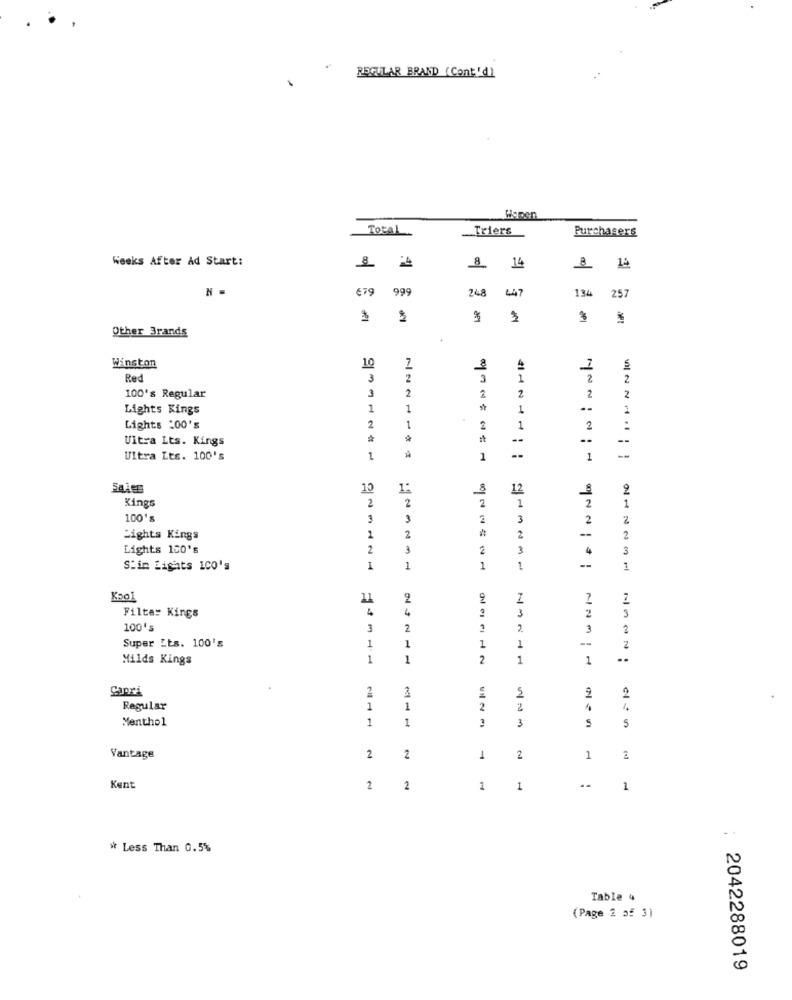
REGULAR BRAND (Cont'd)
Total
Triers
Purchasers
Weeks After Ad Start:
14
8 14
€79
999
248
447
134
257
Other Brands
10
Winston
Red
3
2
3
1
2
2
3
2
100's Regular
2
2
2
2
Lights Kings
1
1
1
--
1
Lights :00's
2
1
2
1
2
Uitra Lts. Kings
--
Ultra Lts. 100's
1
1
1
10
12
2
2
2
2
1
1
Kings
2
100's
3
2
3
2
Lights Kings
1
2
2
2
Lights 150's
2
3
2
3
3
S'im Lights 100's
1
1
1
1
1
Kso1
11
9
7
4
4
2
3
3
Filter Kings
100's
3
2
2.
3
2
Super Its. 100's
--
1
1
1
2
Milds Kings
1
1
2
1
1
Capri
2
5
2
Regular
1
1
2
2
Menthol
1
1
3
5
5
Vantage
2
2
1
2
1
Kent
2
2
1
1
..
1
* Less Than 0.5%
Table 4
(Page 2 of 3)
: 2042288019